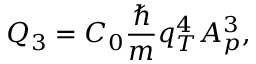
Q _ { 3 } = C _ { 0 } \frac { \hbar } { m } q _ { T } ^ { 4 } A _ { p } ^ { 3 } ,